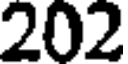
202